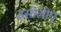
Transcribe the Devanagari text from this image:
इसीलीए